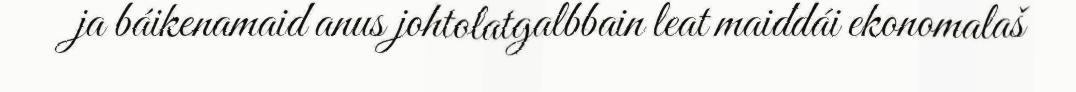
ja báikenamaid anus johtolatgalbbain leat maiddái ekonomalaš